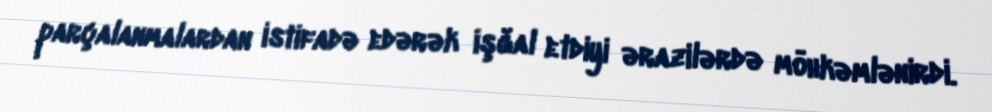
parçalanmalardan istifadə edərək işğal etdiyi ərazilərdə möhkəmlənirdi.